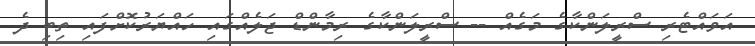
އަވައްޓެރި ސްރީލަންކާގެ މަގެއް -- ސްރީލަންކާގެ ރިމާންޑް ޖަލެއްގައި ހައްޔަރުކޮށްފައި ތިބި ދެ